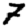
Digit: 7